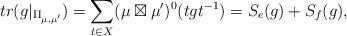
LaTeX: \begin{align*}tr(g\vert_{\Pi_{\mu,\mu'}})=\sum_{t\in X}(\mu\boxtimes\mu')^0(tgt^{-1})=S_{e}(g)+S_f(g),\end{align*}